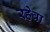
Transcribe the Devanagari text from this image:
रहेवा